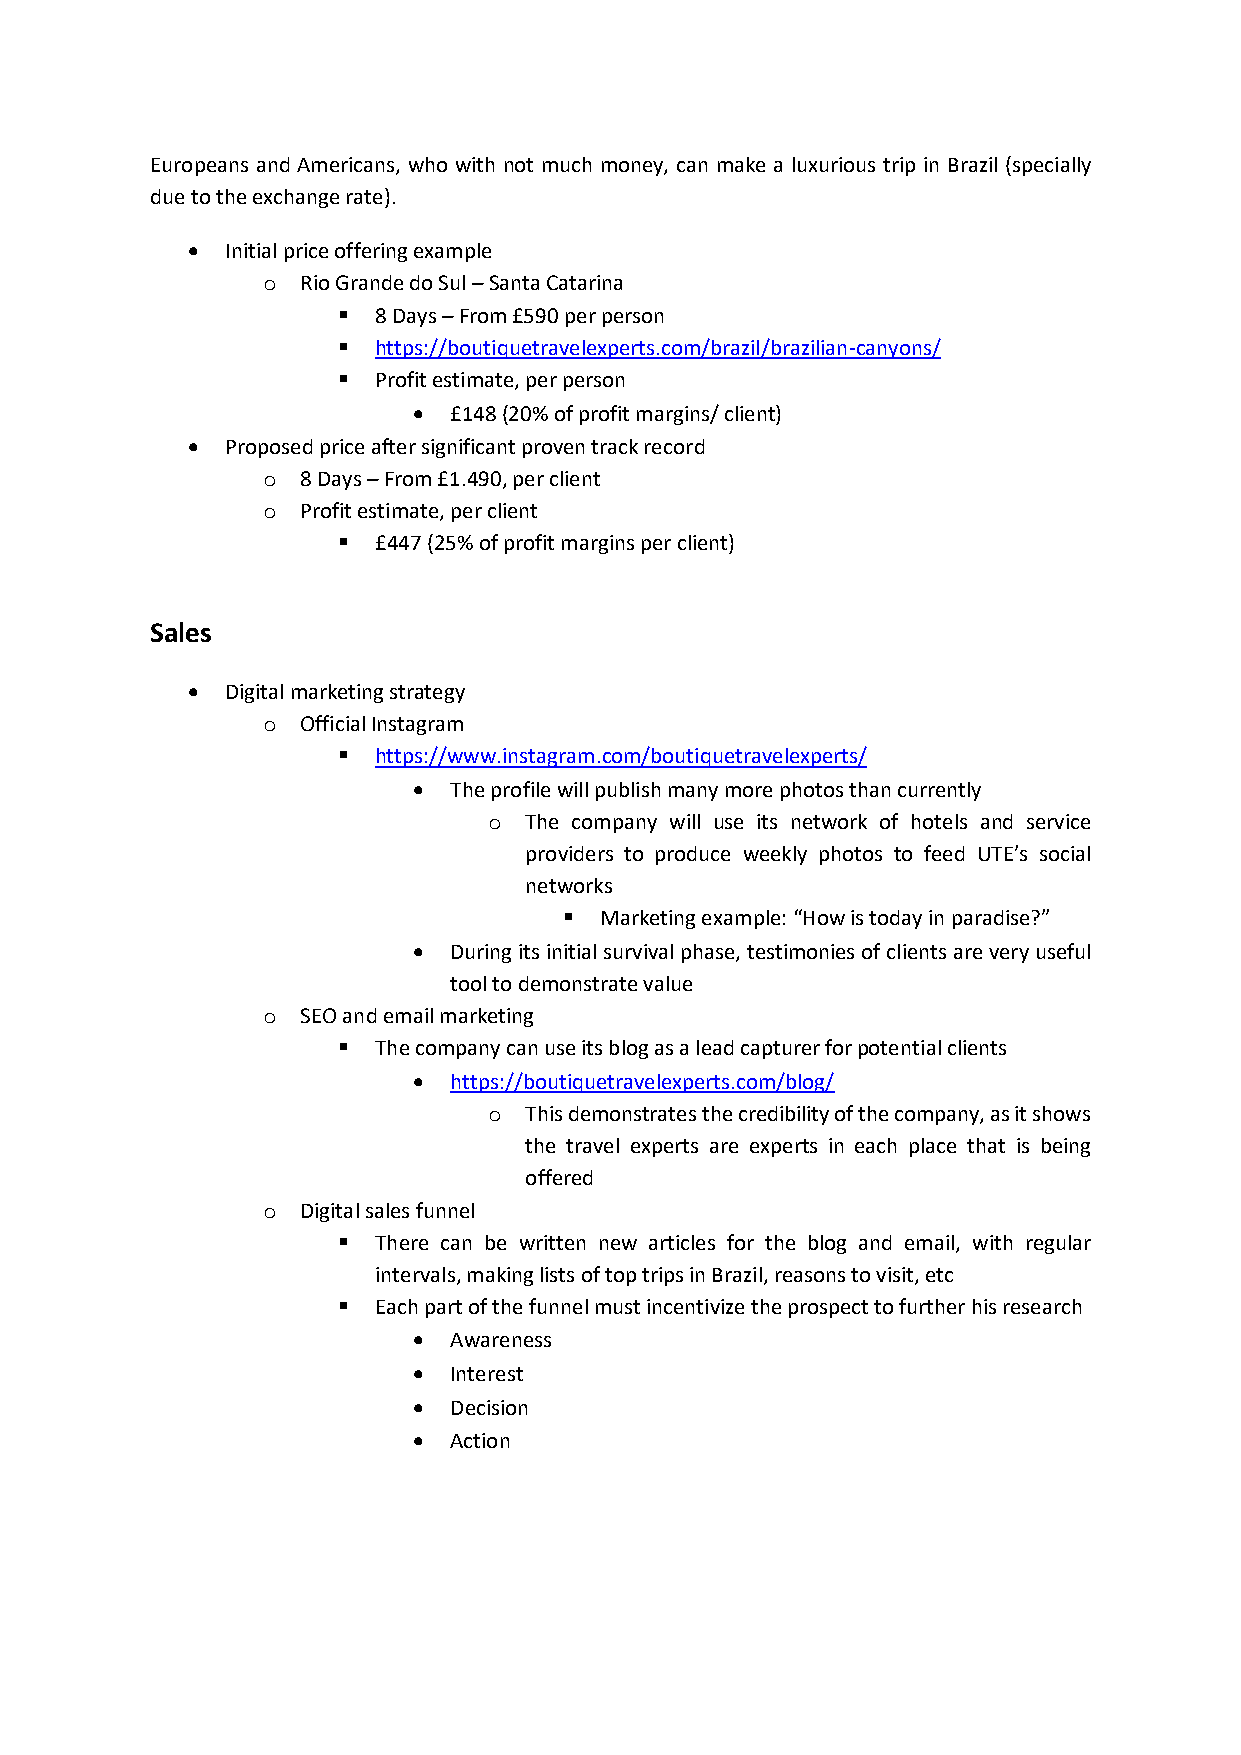
Europeans and Americans, who with not much money, can make a luxurious trip in Brazil (specially
 due to the exchange rate).
 •  Initial price offering example
 o  Rio Grande do Sul – Santa Catarina
 ▪  8 Days – From £590 per person
 ▪  https://boutiquetravelexperts.com/brazil/brazilian-canyons/
 ▪  Profit estimate, per person
 •  £148 (20% of profit margins/ client)
 •  Proposed price after significant proven track record
 o  8 Days – From £1.490, per client
 o  Profit estimate, per client
 ▪  £447 (25% of profit margins per client)
 Sales
 •  Digital marketing strategy
 o  Official Instagram
 ▪  https://www.instagram.com/boutiquetravelexperts/
 •  The profile will publish many more photos than currently
 o  The company will use its network of hotels and service
 providers to produce weekly photos to feed UTE’s social
 networks
 ▪  Marketing example: “How is today in paradise?”
 •  During its initial survival phase, testimonies of clients are very useful
 tool to demonstrate value
 o  SEO and email marketing
 ▪  The company can use its blog as a lead capturer for potential clients
 •  https://boutiquetravelexperts.com/blog/
 o  This demonstrates the credibility of the company, as it shows
 the travel experts are experts in each place that is being
 offered
 o  Digital sales funnel
 ▪  There can be written new articles for the blog and email, with regular
 intervals, making lists of top trips in Brazil, reasons to visit, etc
 ▪  Each part of the funnel must incentivize the prospect to further his research
 •  Awareness
 •  Interest
 •  Decision
 •  Action